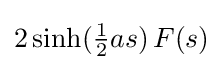
2\sinh({\tfrac {1}{2}}as)\,F(s)